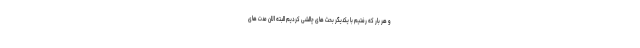
و هر بار که رفتیم با یکدیگر بحث های چالشی کردیم البته الان مدت های